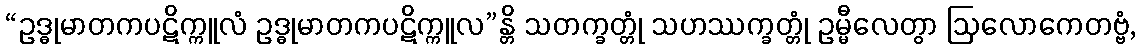
“ဥဒ္ဓုမာတကပဋိက္ကူလံ ဥဒ္ဓုမာတကပဋိက္ကူလ”န္တိ သတက္ခတ္တုံ သဟဿက္ခတ္တုံ ဥမ္မီလေတွာ ဩလောကေတဗ္ဗံ,